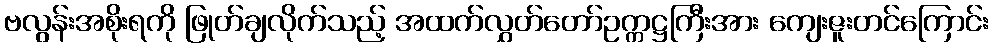
ဗလွန်းအစိုးရကို ဖြုတ်ချလိုက်သည့် အထက်လွှတ်တော်ဥက္ကဋ္ဌကြီးအား ကျေးဇူးတင်ကြောင်း